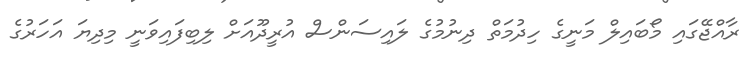
ރާއްޖޭގައި މޯބައިލް މަނީގެ ހިދުމަތް ދިނުމުގެ ލައިސަންސް އުރީދޫއަށް ލިބިފައިވަނީ މިދިޔަ އަހަރުގެ